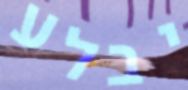
יבלע